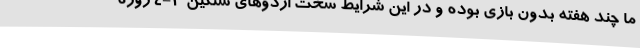
ما چند هفته بدون بازی بوده و در این شرایط سخت اردوهای سنگین ۳-۴ روزه